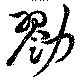
勠